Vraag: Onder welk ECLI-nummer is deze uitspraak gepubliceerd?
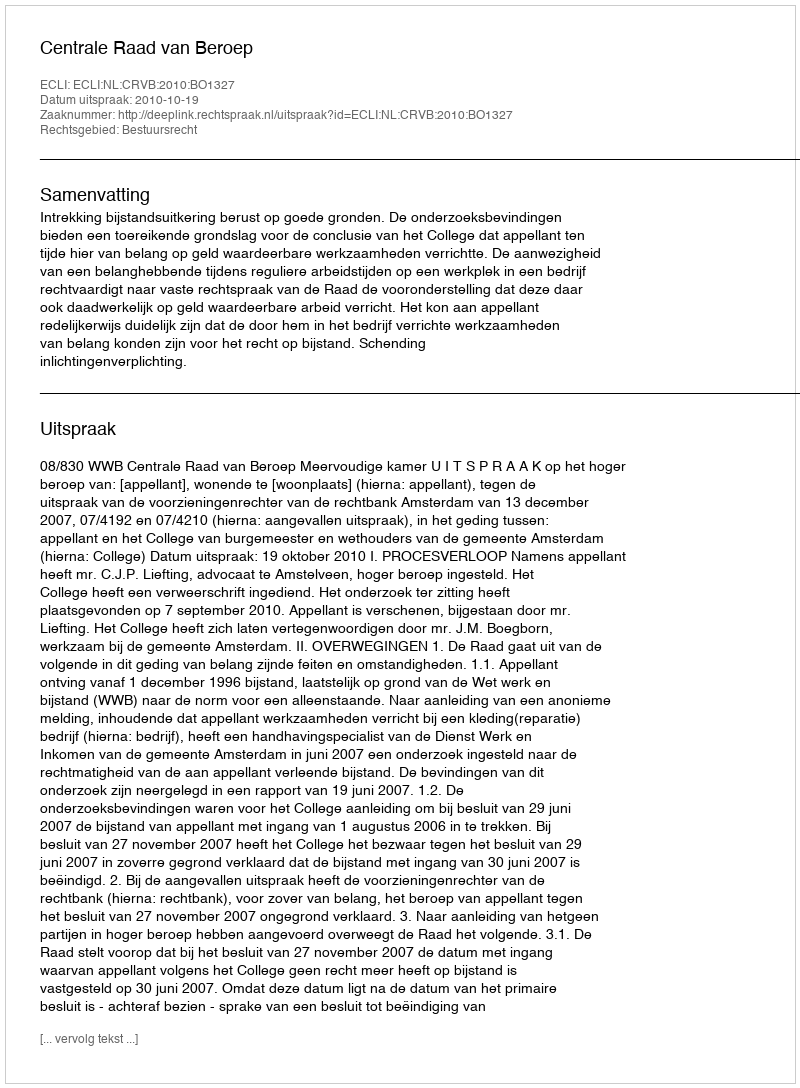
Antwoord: ECLI:NL:CRVB:2010:BO1327